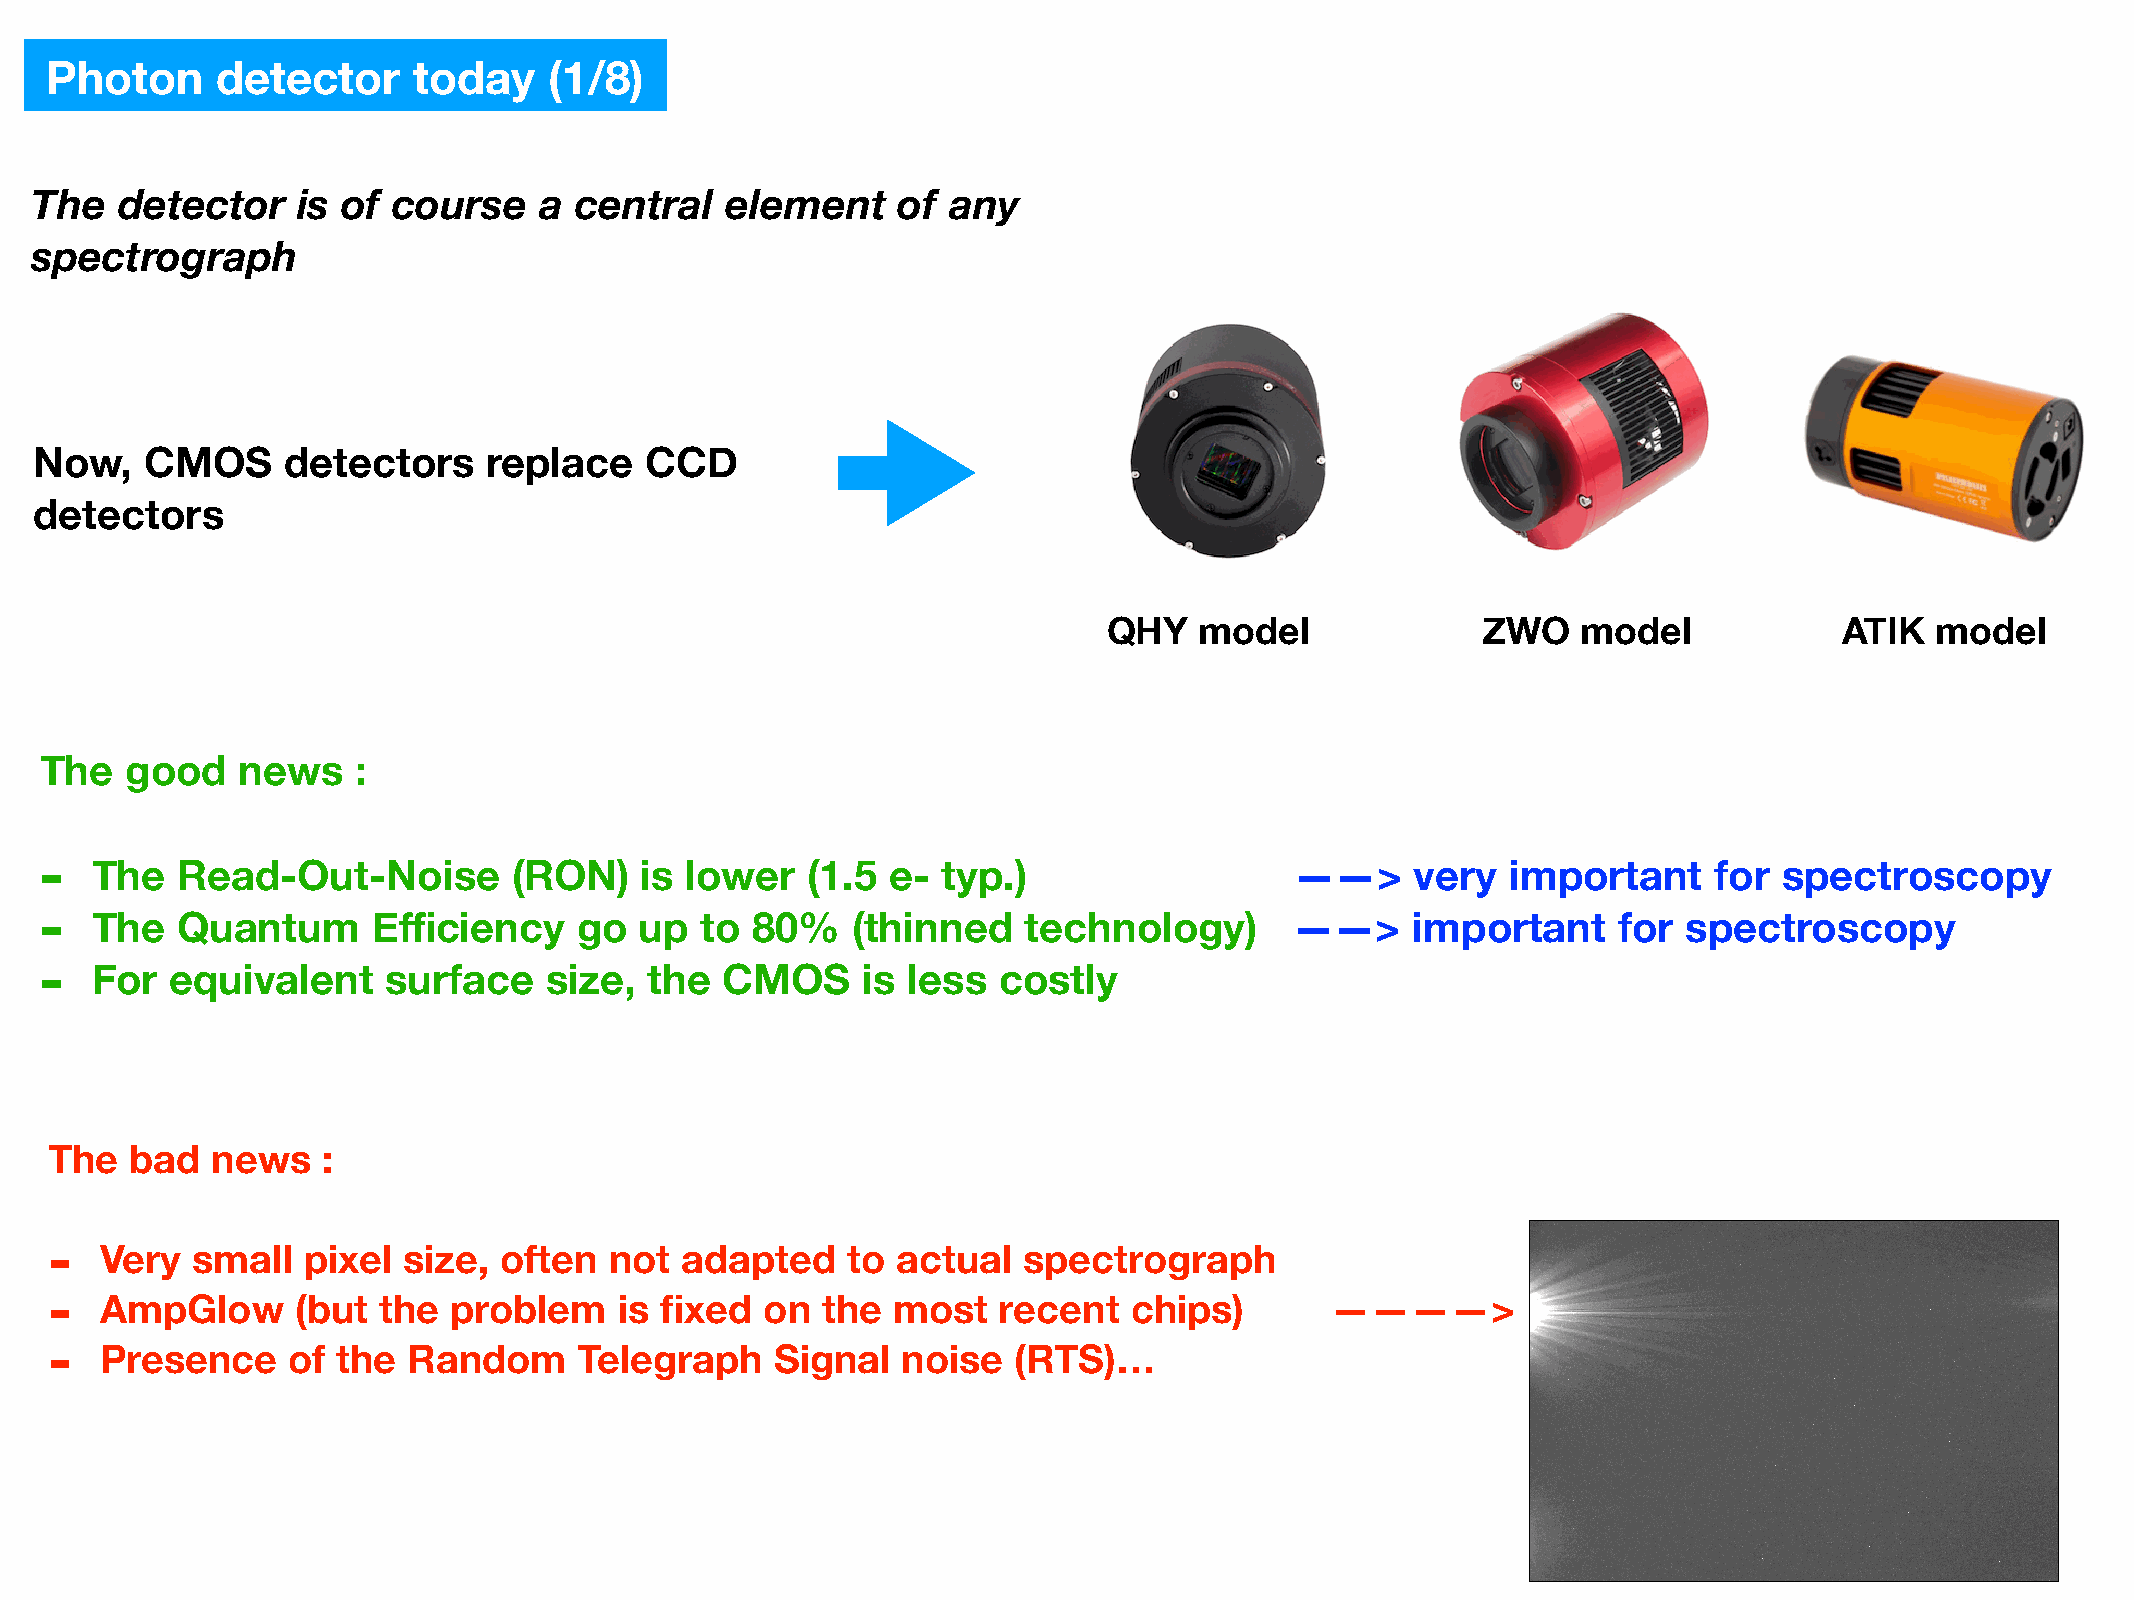
Photon     detector     today    (1/8)
 The   detector    is of course    a central   element    of  any
 spectrograph
 Now,    CMOS     detectors    replace    CCD
 detectors
 QHY   model              ZWO    model            ATIK  model
 The  good    news    :
 -
 The   Read-Out-Noise        (RON)   is lower   (1.5  e- typ.)                   ——>     very  important    for  spectroscopy
 -
 The   Quantum      Efficiency   go  up  to  80%   (thinned    technology)       ——>     important    for  spectroscopy
 -
 For  equivalent     surface   size,  the  CMOS     is less  costly
 The   bad  news   :
 -
 Very  small  pixel  size, often  not  adapted    to actual   spectrograph
 -
 AmpGlow      (but the  problem    is fixed  on the  most   recent   chips)       ————>
 -
 Presence    of the  Random     Telegraph    Signal   noise  (RTS)…